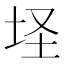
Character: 𱖜